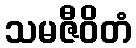
သမဇီဝိတံ